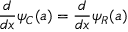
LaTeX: { \frac { d } { d x } } \psi _ { C } ( a ) = { \frac { d } { d x } } \psi _ { R } ( a )